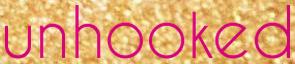
unhooked